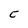
Character: C